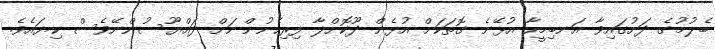
ބެލުމުގެ ދަށުގައިވާ އަނބިމީހާ އުޅޭނެ ގޮތަކަށް އުޅެން ދޫކޮށްލާ ފިރިހެނުންނަށް ދައްޔޫސުންނޭވެސް ކިޔައެވެ.